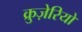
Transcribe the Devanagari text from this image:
क्रुज़ेरियो